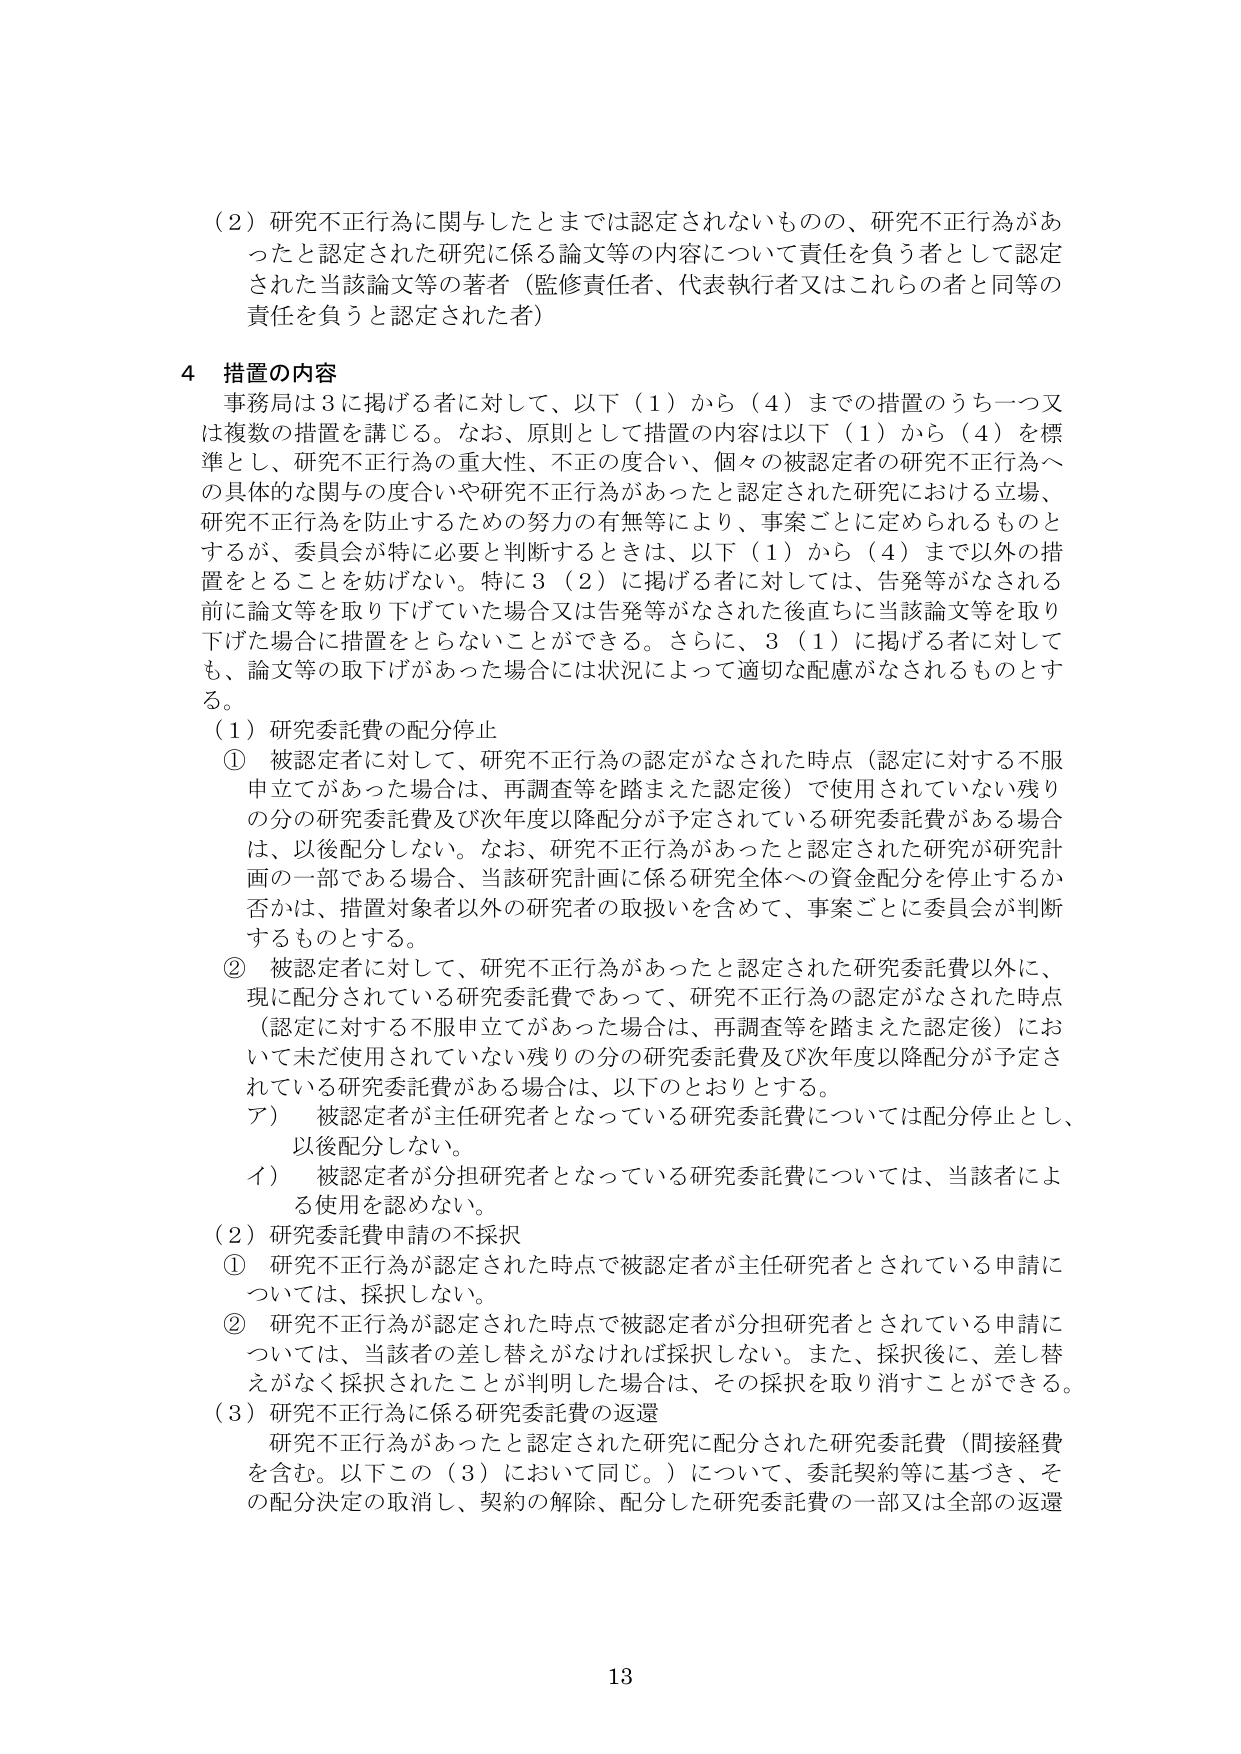
（2）研究不正行為に関与したとまでは認定されないものの、研究不正行為があったと認定された研究に係る論文等の内容について責任を負う者として認定された当該論文等の著者（監修責任者、代表執行者又はこれらの者と同等の責任を負うと認定された者）

4 措置の内容
事務局は3に掲げる者に対して、以下（1）から（4）までの措置のうち一つ又は複数の措置を講じる。なお、原則として措置の内容は以下（1）から（4）を標準とし、研究不正行為の重大性、不正の度合い、個々の被認定者の研究不正行為への具体的な関与の度合いや研究不正行為があったと認定された研究における立場、研究不正行為を防止するための努力の有無等により、事案ごとに定められるものとするが、委員会が特に必要と判断するときは、以下（1）から（4）まで以外の措置をとることを妨げない。特に3（2）に掲げる者に対しては、告発等がなされる前に論文等を取り下げていた場合又は告発等がなされた後直ちに当該論文等を取り下げた場合に措置をとらないことができる。さらに、3（1）に掲げる者に対しても、論文等の取下げがあった場合には状況によって適切な配慮がなされるものとする。

（1）研究委託費の配分停止
① 被認定者に対して、研究不正行為の認定がなされた時点（認定に対する不服申立てがあった場合は、再調査等を踏まえた認定後）で使用されていない残りの分の研究委託費及び次年度以降配分が予定されている研究委託費がある場合は、以後配分しない。なお、研究不正行為があったと認定された研究が研究計画の一部である場合、当該研究計画に係る研究全体への資金配分を停止するか否かは、措置対象者以外の研究者の取扱いを含めて、事案ごとに委員会が判断するものとする。
② 被認定者に対して、研究不正行為があったと認定された研究委託費以外に、現に配分されている研究委託費であって、研究不正行為の認定がなされた時点（認定に対する不服申立てがあった場合は、再調査等を踏まえた認定後）において未だ使用されていない残りの分の研究委託費及び次年度以降配分が予定されている研究委託費がある場合は、以下のとおりとする。
ア） 被認定者が主任研究者となっている研究委託費については配分停止とし、以後配分しない。
イ） 被認定者が分担研究者となっている研究委託費については、当該者による使用を認めない。

（2）研究委託費申請の不採択
① 研究不正行為が認定された時点で被認定者が主任研究者とされている申請については、採択しない。
② 研究不正行為が認定された時点で被認定者が分担研究者とされている申請については、当該者の差し替えがなければ採択しない。また、採択後に、差し替えがなく採択されたことが判明した場合は、その採択を取り消すことができる。

（3）研究不正行為に係る研究委託費の返還
研究不正行為があったと認定された研究に配分された研究委託費（間接経費を含む。以下この（3）において同じ。）について、委託契約等に基づき、その配分決定の取消し、契約の解除、配分した研究委託費の一部又は全部の返還

13